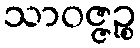
သာဝဇ္ဇဉ္စ